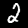
Digit: 2